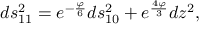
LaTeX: d s _ { 1 1 } ^ { 2 } = e ^ { - \frac { \varphi } { 6 } } d s _ { 1 0 } ^ { 2 } + e ^ { \frac { 4 \varphi } { 3 } } d z ^ { 2 } ,